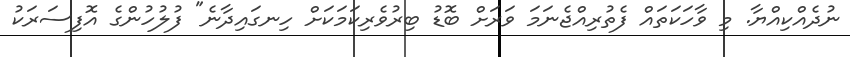
ނުދެއްކިއްޔާ. މި ވާހަކަތައް ފެތުރިއްޖެނަމަ ވަރަށް ބޮޑު ބިރުވެރިކަމަކަށް ހިނގައިދާނެ" ފުލުހުންގެ އޮފިސަރަކު